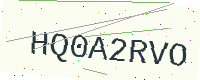
Text: HQ0A2RVO